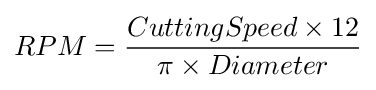
RPM={CuttingSpeed\times 12 \over \pi \times Diameter}